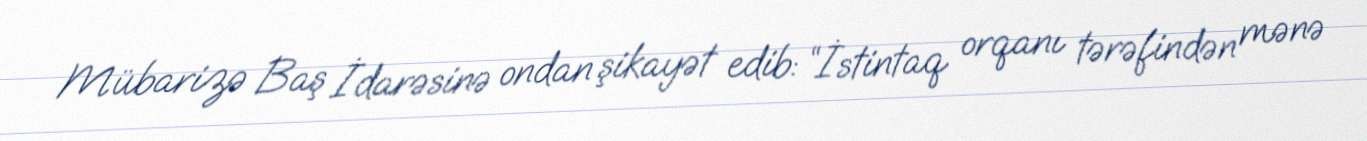
Mübarizə Baş İdarəsinə ondan şikayət edib: “İstintaq orqanı tərəfindən mənə